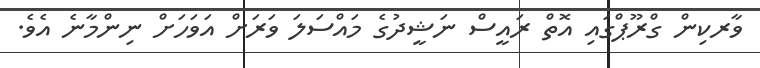
ވާރކިން ގްރޫޕްގައި އޮތް ރައީސް ނަޝީދުގެ މައްސަލަ ވަރަށް އަވަހަށް ނިންމާނެ އެވެ.